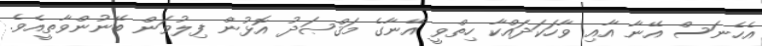
އެހެނަސް އޭނާ އާއި ވާހަކަދައްކާ ހިތްވީ އޭނާގެ މަޤްޞަދު އޮޅުން ފިލުވަން ބޭނުންވާތީއެވެ.